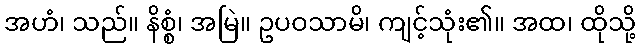
အဟံ၊ သည်။ နိစ္စံ၊ အမြဲ။ ဥပဝသာမိ၊ ကျင့်သုံး၏။ အထ၊ ထိုသို့